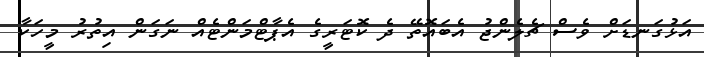
އަޅުގަނޑަށް ވެސް ޗެލެންޖު އެބައޮތޭ ދެ ކޮޓަރީގެ އެޕާޓްމަންޓެއް ނަގަން އިތުރު މީހަކާ